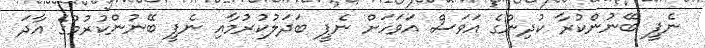
ނެޕީ ބޭނުންކުރާ ކުދިންގެ އަވަސް އަވަހަށް ނެޕީ ބަދަލުކުރުމާއި ނެޕީ ބޭނުންކުރުމުގެ އާދަ